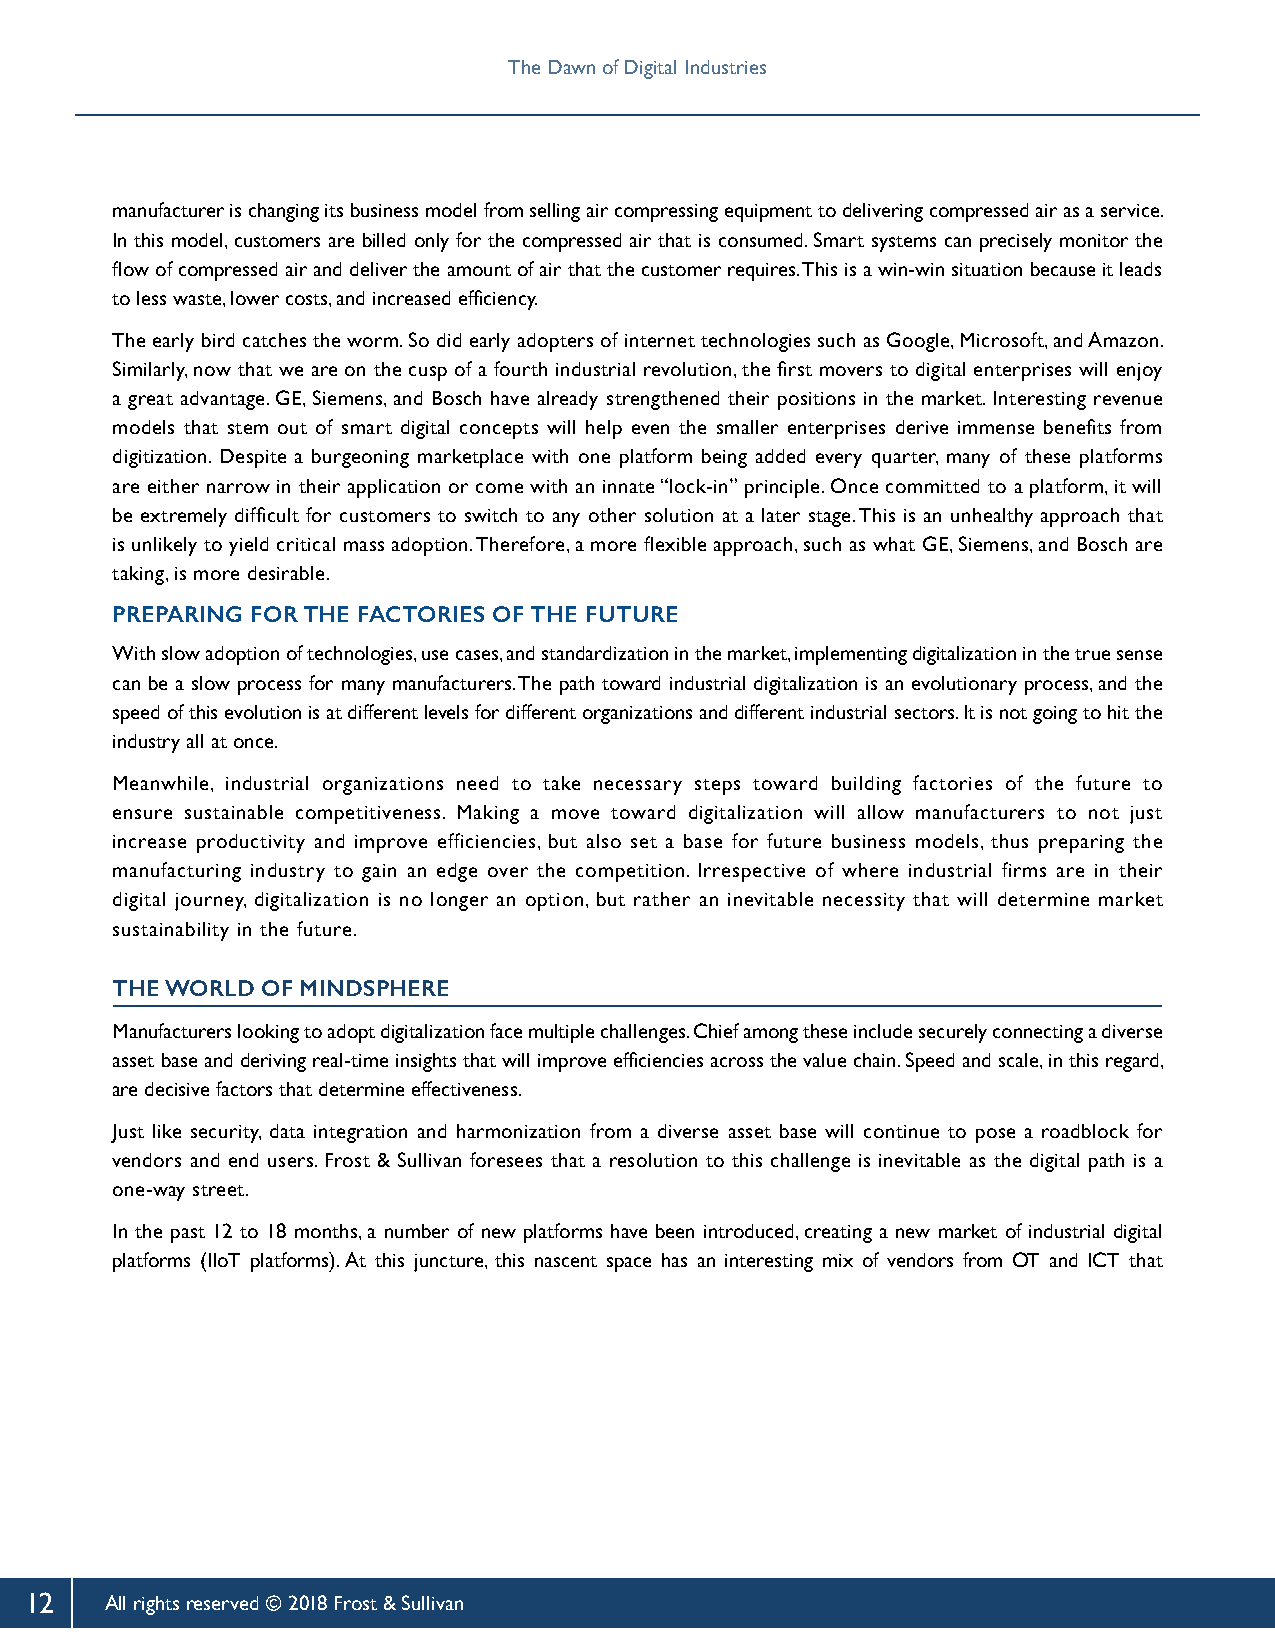
The Dawn of Digital Industries
 manufacturer is changing its business model from selling air compressing equipment to delivering compressed air as a service.
 In this model, customers are billed only for the compressed air that is consumed. Smart systems can precisely monitor the
 flow of compressed air and deliver the amount of air that the customer requires. This is a win-win situation because it leads
 to less waste, lower costs, and increased efficiency.
 The early bird catches the worm. So did early adopters of internet technologies such as Google, Microsoft, and Amazon.
 Similarly, now that we are on the cusp of a fourth industrial revolution, the first movers to digital enterprises will enjoy
 a great advantage. GE, Siemens, and Bosch have already strengthened their positions in the market. Interesting revenue
 models that stem out of smart digital concepts will help even the smaller enterprises derive immense benefits from
 digitization. Despite a burgeoning marketplace with one platform being added every quarter, many of these platforms
 are either narrow in their application or come with an innate “lock-in” principle. Once committed to a platform, it will
 be extremely difficult for customers to switch to any other solution at a later stage. This is an unhealthy approach that
 is unlikely to yield critical mass adoption. Therefore, a more flexible approach, such as what GE, Siemens, and Bosch are
 taking, is more desirable.
 PREPARING FOR THE FACTORIES OF THE FUTURE
 With slow adoption of technologies, use cases, and standardization in the market, implementing digitalization in the true sense
 can be a slow process for many manufacturers. The path toward industrial digitalization is an evolutionary process, and the
 speed of this evolution is at different levels for different organizations and different industrial sectors. It is not going to hit the
 industry all at once.
 Meanwhile, industrial organizations need to take necessary steps toward building factories of the future to
 ensure sustainable competitiveness. Making a move toward digitalization will allow manufacturers to not just
 increase productivity and improve efficiencies, but also set a base for future business models, thus preparing the
 manufacturing industry to gain an edge over the competition. Irrespective of where industrial firms are in their
 digital journey, digitalization is no longer an option, but rather an inevitable necessity that will determine market
 sustainability in the future.
 THE WORLD OF MINDSPHERE
 Manufacturers looking to adopt digitalization face multiple challenges. Chief among these include securely connecting a diverse
 asset base and deriving real-time insights that will improve efficiencies across the value chain. Speed and scale, in this regard,
 are decisive factors that determine effectiveness.
 Just like security, data integration and harmonization from a diverse asset base will continue to pose a roadblock for
 vendors and end users. Frost & Sullivan foresees that a resolution to this challenge is inevitable as the digital path is a
 one-way street.
 In the past 12 to 18 months, a number of new platforms have been introduced, creating a new market of industrial digital
 platforms (IIoT platforms). At this juncture, this nascent space has an interesting mix of vendors from OT and ICT that
 12   All rights reserved © 2018 Frost & Sullivan